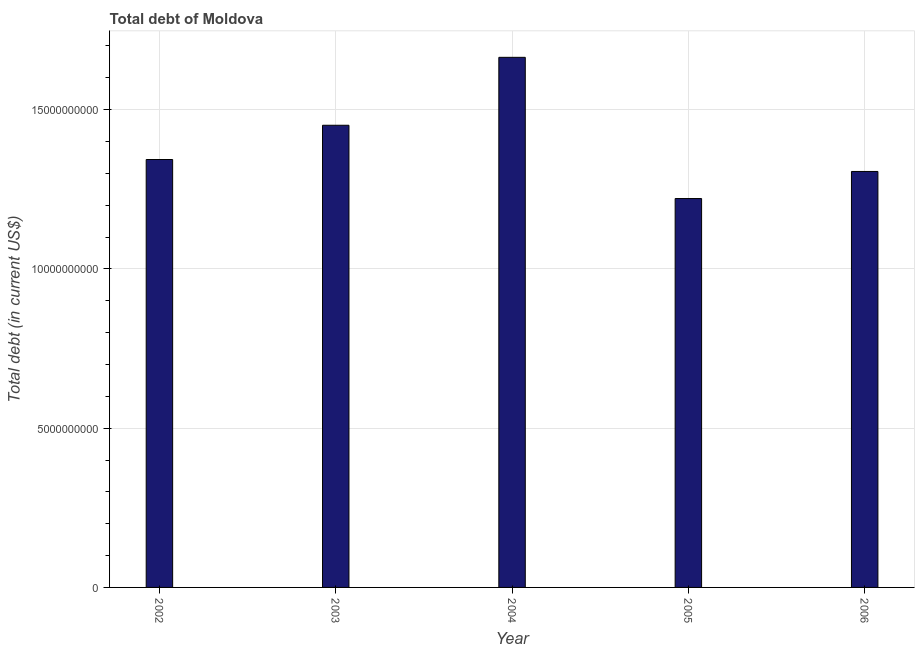
| Year | Central government debt |
 | --- | --- |
 | 2002 | 1.34e+10 |
 | 2003 | 1.45e+10 |
 | 2004 | 1.66e+10 |
 | 2005 | 1.22e+10 |
 | 2006 | 1.31e+10 |